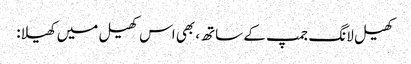
کھیل لانگ جمپ کے ساتھ، بھی اس کھیل میں کھیلا: